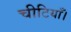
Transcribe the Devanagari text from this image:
चीटियाँ।